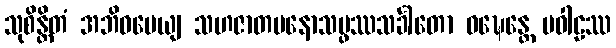
သုစိန္တိတံ အဘိဓမေယျ သဟဇာတမနောသမ္ဖဿသင်္ခါတော ဝဍ္ဎေန္တေ ပဝါဠဿ